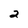
Character: 2